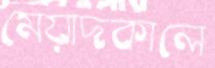
মেয়াদকালে